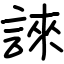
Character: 誺